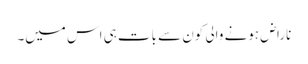
ناراض ہونے والی کون سے بات ہی اس میں۔